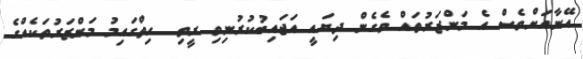
އޭނާއަށްވެސް އެ މަންޒަރުތައް ވެގެން ދިޔައީ އަޖައިބުކުރުނިވި ރީތި  ހިތްގައިމު މަންޒަރުތަކެއްގެ